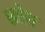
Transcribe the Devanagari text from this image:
धारेस